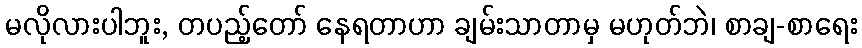
မလိုလားပါဘူး, တပည့်တော် နေရတာဟာ ချမ်းသာတာမှ မဟုတ်ဘဲ၊ စာချ-စာရေး